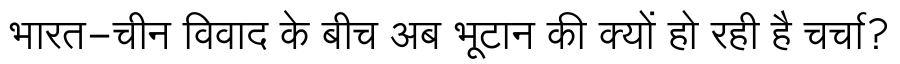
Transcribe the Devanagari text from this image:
भारत-चीन विवाद के बीच अब भूटान की क्यों हो रही है चर्चा?